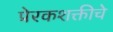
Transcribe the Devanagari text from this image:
प्रेरकशक्तीचे